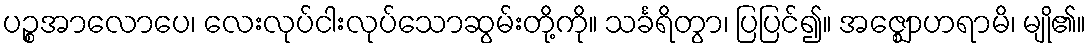
ပဉ္စအာလောပေ၊ လေးလုပ်ငါးလုပ်သောဆွမ်းတို့ကို။ သင်္ခရိတွာ၊ ပြပြင်၍။ အဇ္ဈောဟရာမိ၊ မျို၏။